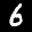
Label: 6